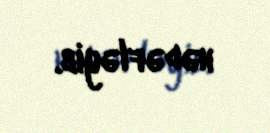
hədəfləyib.